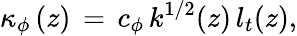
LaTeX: \kappa_{\phi}\left(z\right)\, =\, c_{\phi}\, k^{1/2}(z)\, l_{t}(z),